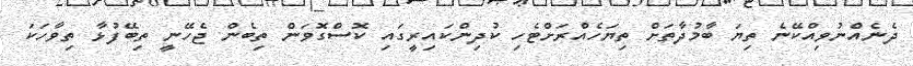
ދެނެއްނުވިއްކޭނެ ތިޔަ ބާމުދާތަށް ތިޔަހެއްރަށްޓެހި ކުދިންކައިރީގައި ކޮސްގޮވަން ތިބެން ޖެހޭނީ ތިބޭފުޅާ ތިވާހަކަ